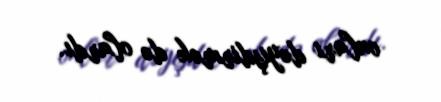
onları dəyişdirmək də olardı.